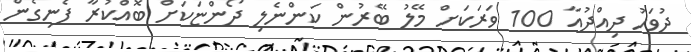
ދުވަހު ދިއްދުއާ 100 ވަރަކަށް މޭލު ބޭރުން ކަންނެލި ދޯންޏަކަށް ބޮއްކުރާ ފެނިގެން